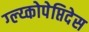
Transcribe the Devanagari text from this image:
ग्ल्य्कोपेप्तिदेस